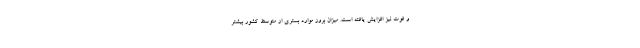
و فوت نیز افزایش یافته است. میزان بروز موارد بستری از متوسط کشور بیشتر